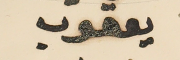
يعقوب